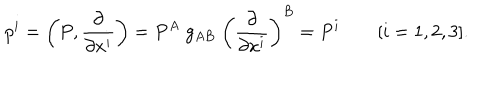
p ^ { i } = \left( P , { \frac { \partial } { \partial x ^ { i } } } \right) = P ^ { A } \; g _ { A B } \; \left( { \frac { \partial } { \partial x ^ { i } } } \right) ^ { B } = P ^ { i } \qquad [ i = 1 , 2 , 3 ] .